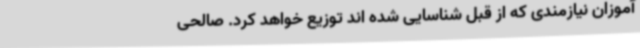
آموزان نیازمندی که از قبل شناسایی شده اند توزیع خواهد کرد. صالحی